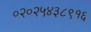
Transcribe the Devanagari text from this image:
०२०२५४३८९१६